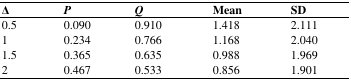
| Δ | P | Q | Mean | SD |
 | --- | --- | --- | --- | --- |
 | 0.5 | 0.090 | 0.910 | 1.418 | 2.111 |
 | 1 | 0.234 | 0.766 | 1.168 | 2.040 |
 | 1.5 | 0.365 | 0.635 | 0.988 | 1.969 |
 | 2 | 0.467 | 0.533 | 0.856 | 1.901 |